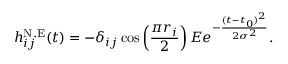
h _ { i j } ^ { \mathrm { N . E } } ( t ) = - \delta _ { i j } \cos \left( \frac { \pi r _ { i } } { 2 } \right) E e ^ { - \frac { ( t - t _ { 0 } ) ^ { 2 } } { 2 \sigma ^ { 2 } } } .